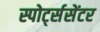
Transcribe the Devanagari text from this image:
स्पोर्ट्ससेंटर